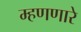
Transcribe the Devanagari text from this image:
म्हणणारे